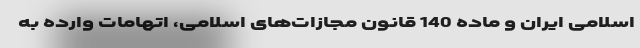
اسلامی ایران و ماده 140 قانون مجازات‌های اسلامی، اتهامات وارده به